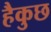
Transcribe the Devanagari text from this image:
हैकुछ